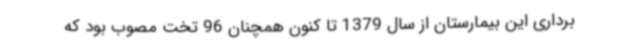
برداری این بیمارستان از سال 1379 تا کنون همچنان 96 تخت مصوب بود که